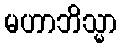
မဟာဘိသ္မာ